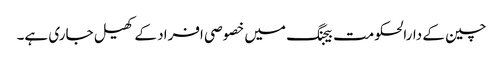
چین کے دارالحکومت بیجنگ میں خصوصی افراد کے کھیل جاری ہے۔